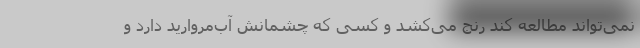
نمی‌تواند مطالعه کند رنج می‌کشد و کسی که چشمانش آب‌مروارید دارد و